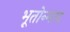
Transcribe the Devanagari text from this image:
भूतोन्माद